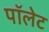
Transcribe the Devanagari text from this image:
पॉलेट